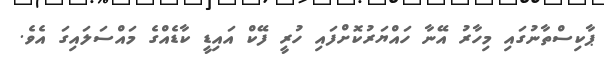
ޕާކިސްތާނުގައި މިހާރު އޭނާ ހައްޔަރުކޮށްފައި ހުރީ ފޭކް އައިޑީ ކާޑެއްގެ މައްސަލައިގަ އެވެ.